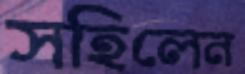
সহিলেন